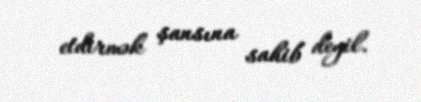
etdirmək şansına sahib deyil.